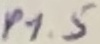
Text: P1.5